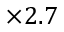
\times 2 . 7